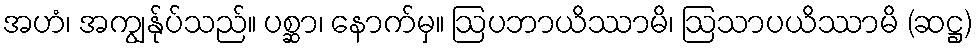
အဟံ၊ အကျွန်ုပ်သည်။ ပစ္ဆာ၊ နောက်မှ။ ဩပဘာယိဿာမိ၊ ဩသာပယိဿာမိ (ဆဋ္ဌ)